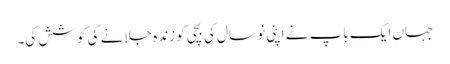
جہاں ایک باپ نے اپنی نو سال کی بچی کو زندہ جلانے کی کوشش کی۔